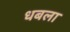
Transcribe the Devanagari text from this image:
धबला